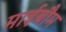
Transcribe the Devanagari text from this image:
माईबौम